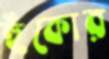
হুঁকোর